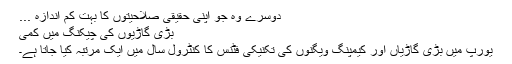
دوسرے وہ جو اپنی حقیقی صلاحیتوں کا بہت کم اندازہ ...
بڑی گاڑیوں کی چیکنگ میں کمی
یورپ میں بڑی گاڑیاں اور کیمپنگ ویگنوں کی تکنیکی فٹنس کا کنٹرول سال میں ایک مرتبہ کیا جاتا ہے۔